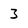
Character: 3